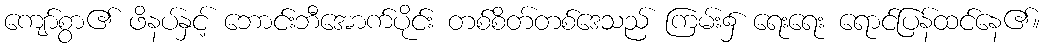
ကျော်စွာ၏ ဖိနပ်နှင့် ဘောင်းဘီအောက်ပိုင်း တစ်စိတ်တစ်ဒေသည် ကြမ်း၌ ရေးရေး ရောင်ပြန်ထင်နေ၏။